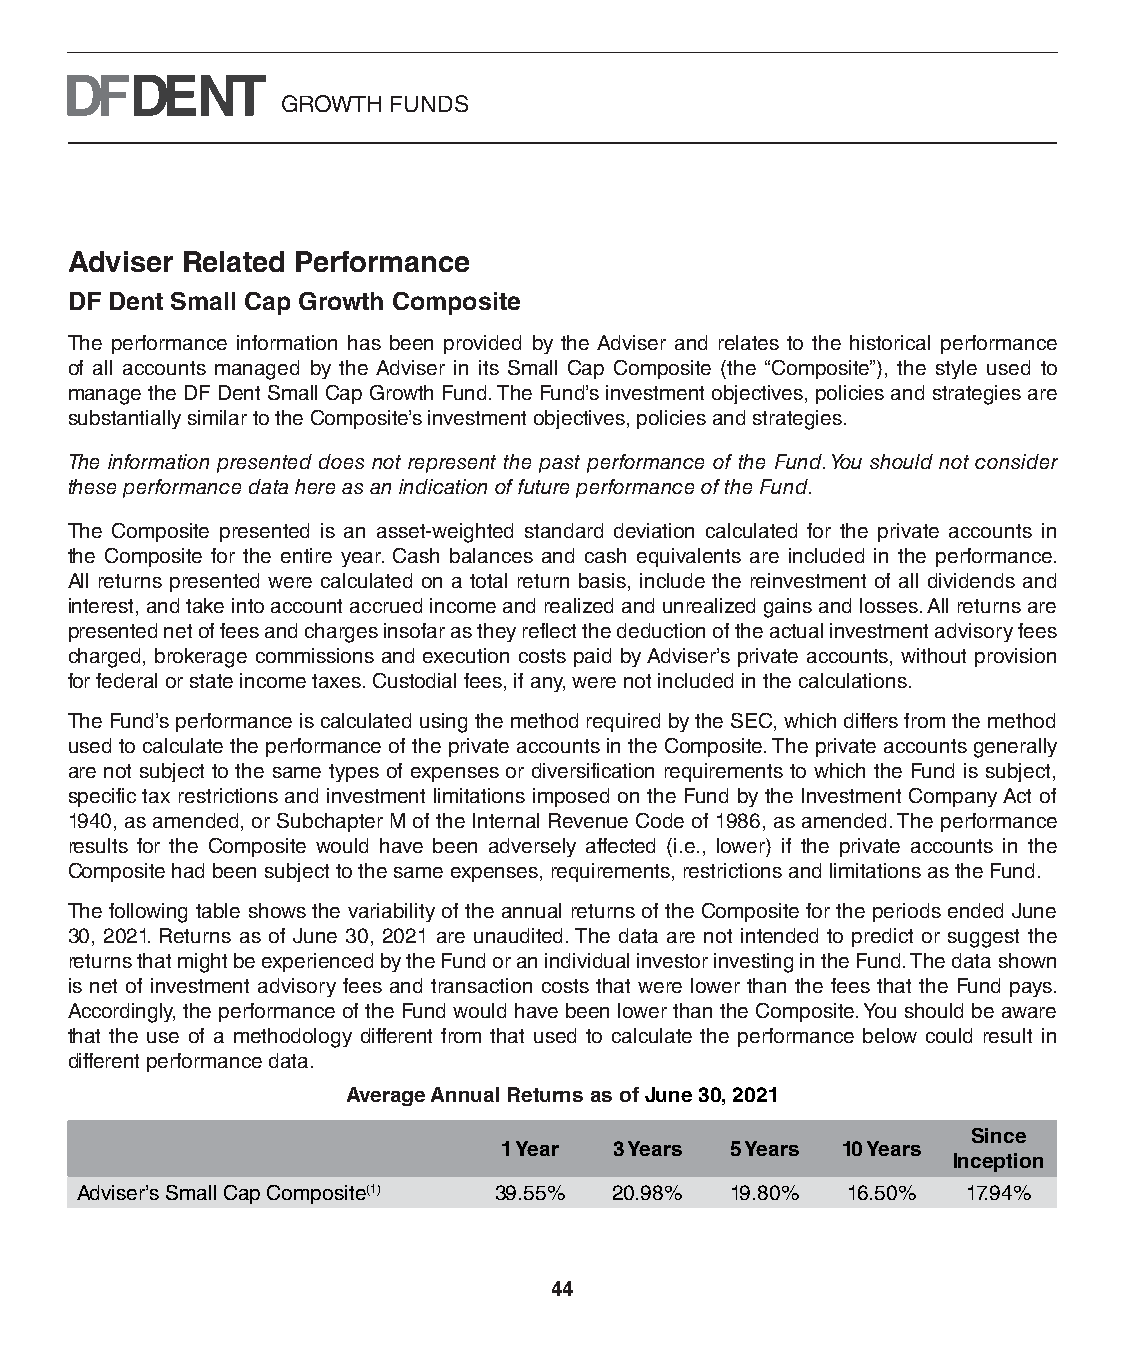
GROWTH FUNDS
 Adviser Related Performance
 DF Dent Small Cap Growth Composite
 The performance information has been provided by the Adviser and relates to the historical performance
 of all accounts managed by the Adviser in its Small Cap Composite (the “Composite”), the style used to
 manage the DF Dent Small Cap Growth Fund. The Fund’s investment objectives, policies and strategies are
 substantially similar to the Composite’s investment objectives, policies and strategies.
 The information presented does not represent the past performance of the Fund. You should not consider
 these performance data here as an indication of future performance of the Fund.
 The Composite presented is an asset-weighted standard deviation calculated for the private accounts in
 the Composite for the entire year. Cash balances and cash equivalents are included in the performance.
 All returns presented were calculated on a total return basis, include the reinvestment of all dividends and
 interest, and take into account accrued income and realized and unrealized gains and losses. All returns are
 presented net of fees and charges insofar as they reflect the deduction of the actual investment advisory fees
 charged, brokerage commissions and execution costs paid by Adviser’s private accounts, without provision
 for federal or state income taxes. Custodial fees, if any, were not included in the calculations.
 The Fund’s performance is calculated using the method required by the SEC, which differs from the method
 used to calculate the performance of the private accounts in the Composite. The private accounts generally
 are not subject to the same types of expenses or diversification requirements to which the Fund is subject,
 specific tax restrictions and investment limitations imposed on the Fund by the Investment Company Act of
 1940, as amended, or Subchapter M of the Internal Revenue Code of 1986, as amended. The performance
 results for the Composite would have been adversely affected (i.e., lower) if the private accounts in the
 Composite had been subject to the same expenses, requirements, restrictions and limitations as the Fund.
 The following table shows the variability of the annual returns of the Composite for the periods ended June
 30, 2021. Returns as of June 30, 2021 are unaudited. The data are not intended to predict or suggest the
 returns that might be experienced by the Fund or an individual investor investing in the Fund. The data shown
 is net of investment advisory fees and transaction costs that were lower than the fees that the Fund pays.
 Accordingly, the performance of the Fund would have been lower than the Composite. You should be aware
 that the use of a methodology different from that used to calculate the performance below could result in
 different performance data.
 Average Annual Returns as of June 30, 2021
 Since
 1 Year  3 Years 5 Years 10 Years
 Inception
 Adviser’s Small Cap Composite(1) 39.55% 20.98% 19.80% 16.50% 17.94%
 44